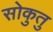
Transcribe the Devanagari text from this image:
सोकुतु